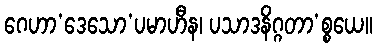
ဂေဟာ’ဒေသော’ပမာဟီန၊ ပသာဒနိဂ္ဂတာ’စ္စယေ။